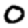
Digit: 0